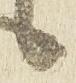
候